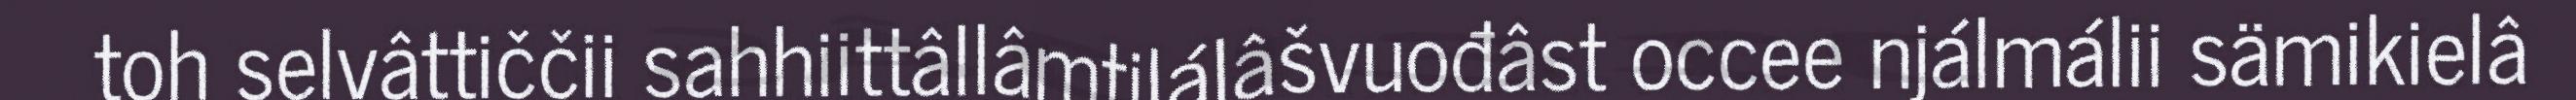
toh selvâttiččii sahhiittâllâmtilálâšvuođâst occee njálmálii sämikielâ